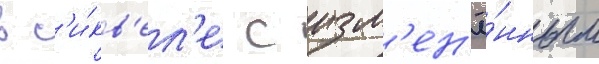
в с'и́кв'ел'е с изм'ен'ё́нным